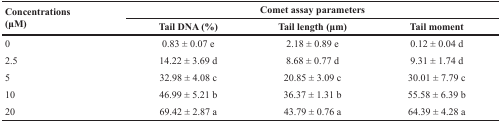
<table><thead><tr><td rowspan="2"><b>Concentrations(μM)</b></td><td colspan="3"><b>Comet assay parameters</b></td></tr><tr><td><b>Tail DNA (%)</b></td><td><b>Tail length (μm)</b></td><td><b>Tail moment</b></td></tr></thead><tbody><tr><td>0</td><td>0.83 ± 0.07 e</td><td>2.18 ± 0.89 e</td><td>0.12 ± 0.04 d</td></tr><tr><td>2.5</td><td>14.22 ± 3.69 d</td><td>8.68 ± 0.77 d</td><td>9.31 ± 1.74 d</td></tr><tr><td>5</td><td>32.98 ± 4.08 c</td><td>20.85 ± 3.09 c</td><td>30.01 ± 7.79 c</td></tr><tr><td>10</td><td>46.99 ± 5.21 b</td><td>36.37 ± 1.31 b</td><td>55.58 ± 6.39 b</td></tr><tr><td>20</td><td>69.42 ± 2.87 a</td><td>43.79 ± 0.76 a</td><td>64.39 ± 4.28 a</td></tr></tbody></table>